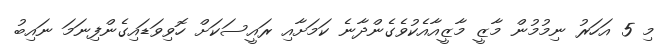
މި 5 އަހަރު ނިމުމުން މާޒީ މާޒީއާއެކުވެގެންދާނެ ކަމަށާއި ރައީސަކަށް ހޮވިވަޑައިގެންފިނަމަ ނައިބު